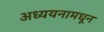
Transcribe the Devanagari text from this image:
अध्ययनामधून